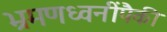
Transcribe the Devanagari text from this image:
भ्रमणध्वनींपैकी